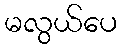
မလွယ်ပေ